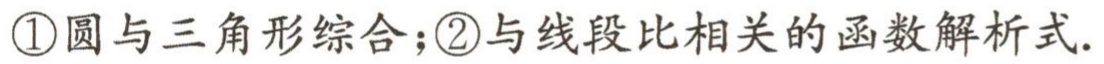
\textcircled{1}圆与三角形综合；\textcircled{2}与线段比相关的函数解析式.